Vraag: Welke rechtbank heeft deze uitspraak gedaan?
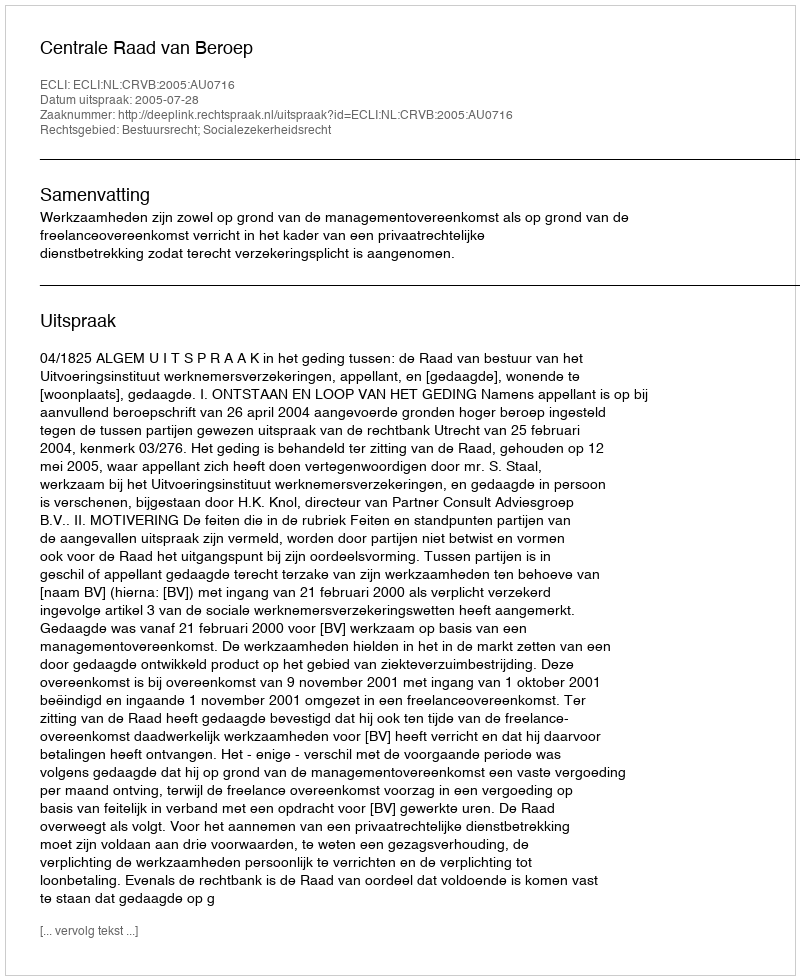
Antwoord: Centrale Raad van Beroep